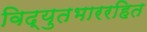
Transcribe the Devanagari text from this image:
विद्युतभाररहित